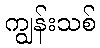
ကျွန်းသစ်